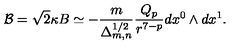
{ \cal B } = \sqrt { 2 } \kappa B \simeq - \frac { m } { \Delta _ { m , n } ^ { 1 / 2 } } \frac { Q _ { p } } { r ^ { 7 - p } } d x ^ { 0 } \wedge d x ^ { 1 } .